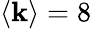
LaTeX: \langle\mathbf{k}\rangle=8